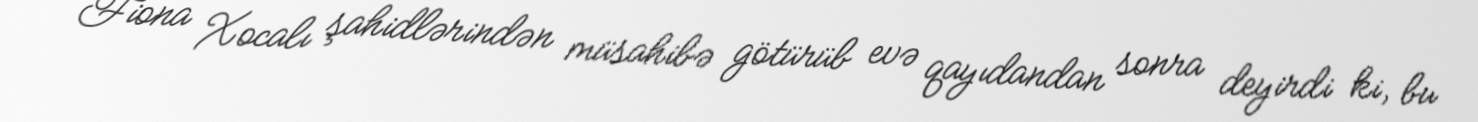
Fiona Xocalı şahidlərindən müsahibə götürüb evə qayıdandan sonra deyirdi ki, bu